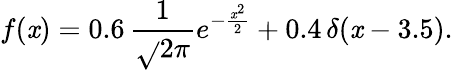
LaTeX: f(\mathit{x})=0.6\, {\frac{{1}}{{\sqrt{}{{2\pi}}}}}e^{-{\frac{{\mathit{x}^{2}}}{{2}}}}+0.4\, \delta(\mathit{x}-3.5).